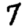
Digit: 7